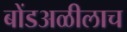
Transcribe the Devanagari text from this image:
बोंडअळीलाच